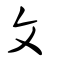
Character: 文